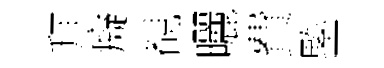
拜癡覩曬費鍳